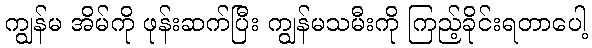
ကျွန်မ အိမ်ကို ဖုန်းဆက်ပြီး ကျွန်မသမီးကို ကြည့်ခိုင်းရတာပေါ့